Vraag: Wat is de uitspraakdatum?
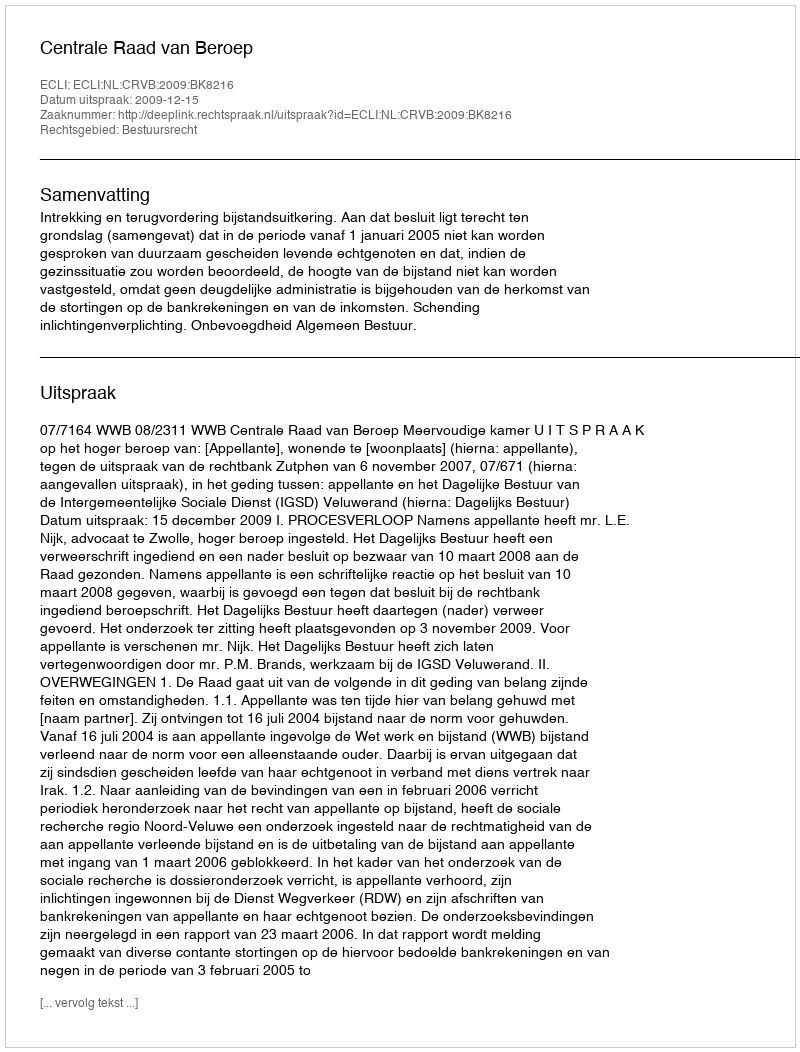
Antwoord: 2009-12-15